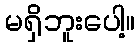
မရှိဘူးပေါ့။